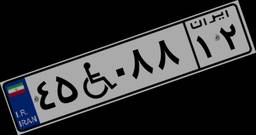
۴۸W۶۲۱۶۹